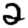
Digit: 2